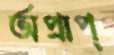
অপ্রাপ্